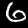
Label: 6